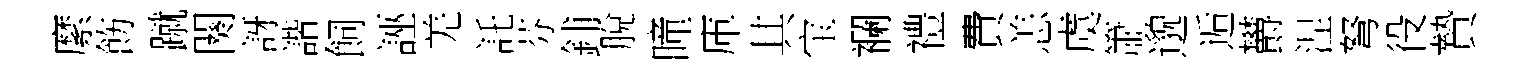
縻飭蹴闋訝諧飼誣羌託芬鋪脫曈庫其宝襴禮費恙虞簫邈逅欝涅弩役贄